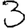
Digit: 3